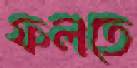
ফলতে